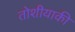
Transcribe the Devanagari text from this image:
तोशीयाकी